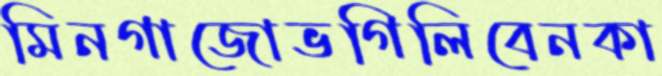
মিনগাজোভগিলিবেনকা